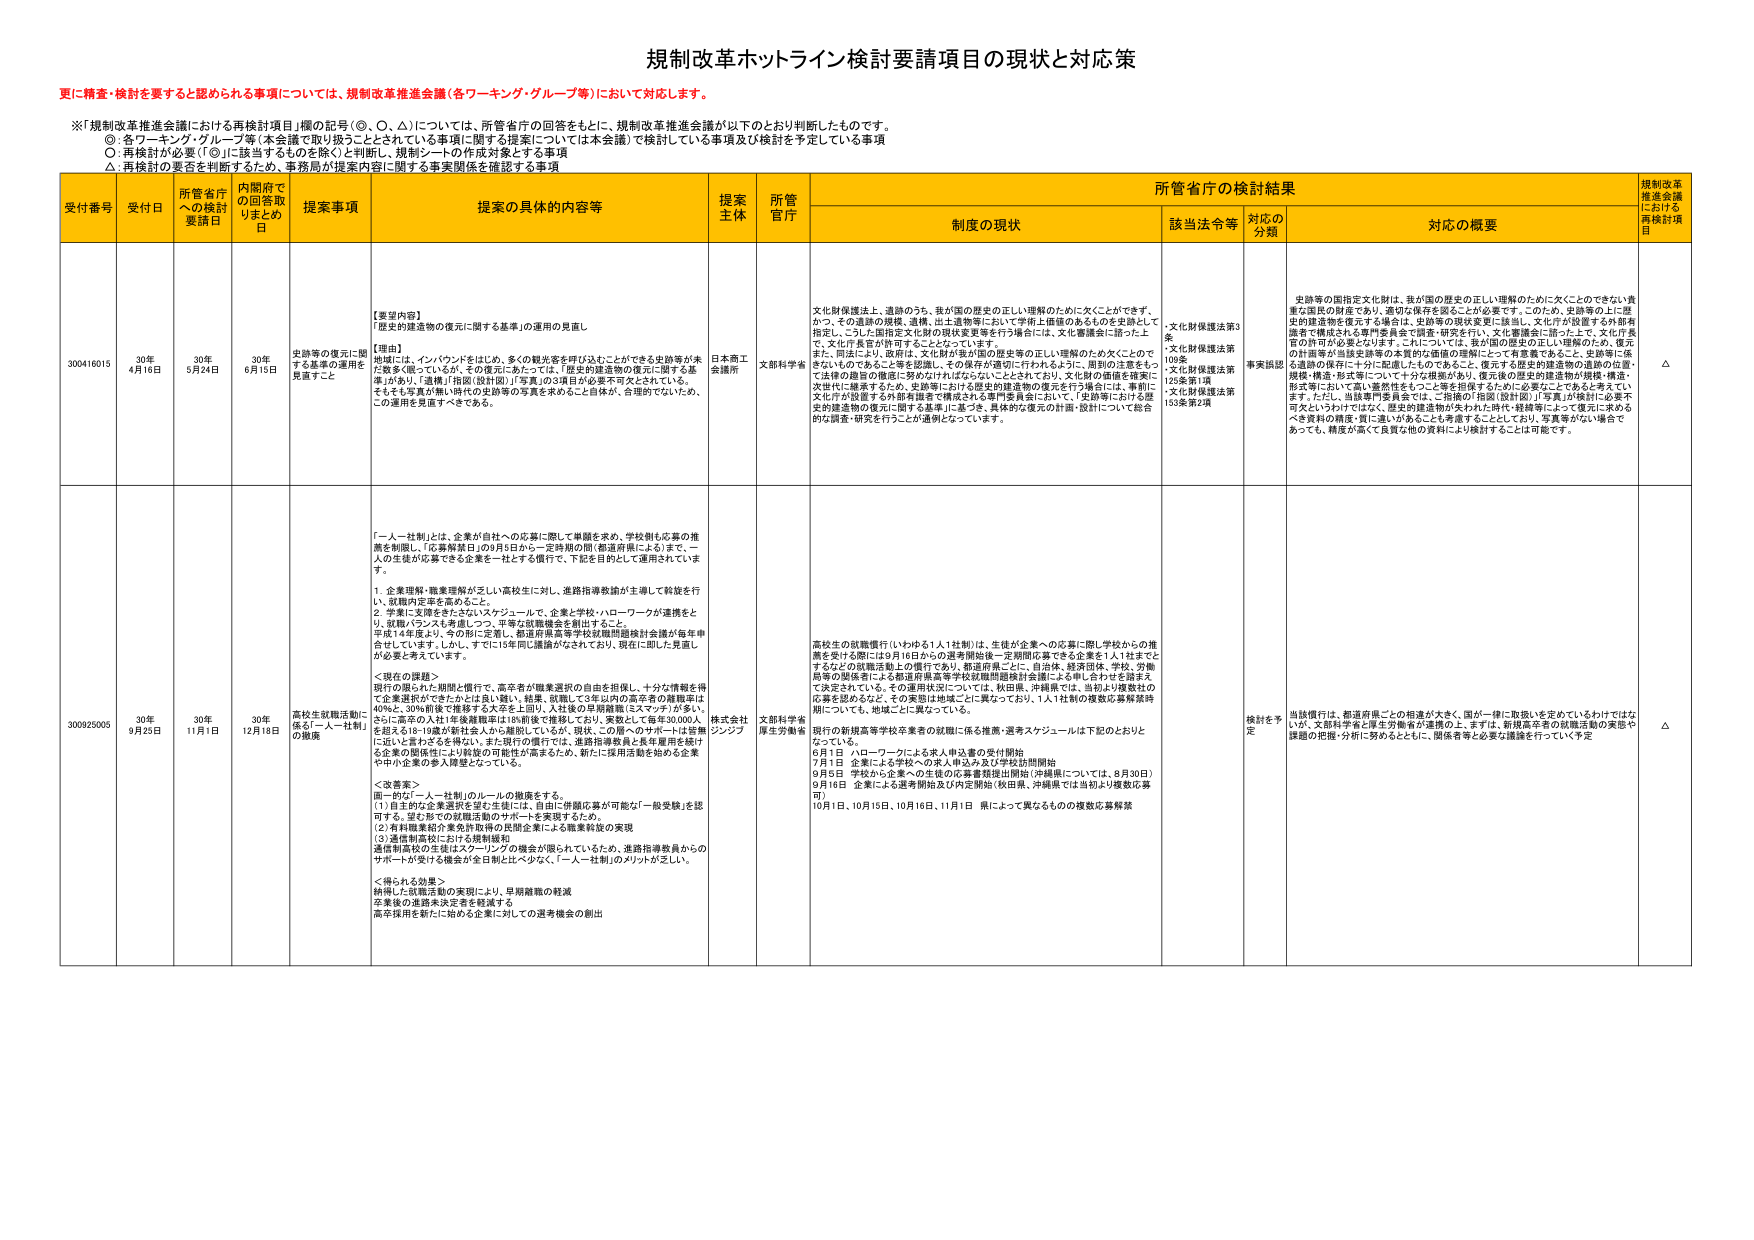
規制改革ホットライン検討要請項目の現状と対応策

更に精査・検討を要すると認められる事項については、規制改革推進会議（各ワーキンググループ等）において対応します。

※「規制改革推進会議における再検討項目」欄の記号（◎、○、△）については、所管省庁の回答をもとに、規制改革推進会議が以下のとおり判断したものです。
◎ 各ワーキング・グループ等（本会議で取り扱うこととされている事項に関する提案については本会議）で検討している事項及び検討を予定している事項
○ 再検討が必要（「◎」に該当するものを除く）と判断し、規制シートの作成対象とする事項
△ 再検討の要否を判断するため、事務局が提案内容に関する事実関係を確認する事項

受付番号 受付日 所管省庁への検討要請日 内閣府での回答取りまとめ日 提案事項 提案の具体的内容等 提案主体 所管官庁 所管省庁の検討結果 規制改革推進会議における再検討項目
制度の現状 該当法令等 対応の分類 対応の概要

300416015 30年4月16日 30年5月24日 30年6月15日 史跡等の復元に関する基準の運用を見直すこと 【要望内容】
「歴史的建造物の復元に関する基準」の運用の見直し
【理由】
地域には、インバウンドをはじめ、多くの観光客を呼び込むことができる史跡等が未だ数多く残っているが、その復元にあたっては、「歴史的建造物の復元に関する基準」が先行し「造営」「指図（設計図）」等真の写真が必要不可欠とされている。そもそも写真が無い時代の史跡等の写真を求めることが自体が、合理的でないため、この運用を見直すべきである。
日本商工会議所 文部科学省 文化財保護法上、遺跡のうち、我が国の歴史の正しい理解のために欠くことができず、かつ、その遺跡の規模、遺構、出土遺物等において学術上価値のあるものを史跡として指定し、こうした個別定文化財の現状を変更を行う場合には、文化審議会に諮った上で、文化庁長官が許可することとなっている。
また、同法により、政府は、文化財が我が国の歴史等の正しい理解のために欠くことのできないものであることを認識し、その保存の適切に行われるように、周囲の注意をもって法律の趣旨の徹底に努めなければならないこととされており、文化財の価値を確実に次世代に継承するため、史跡等における歴史的建造物の復元を行う場合には、事前に文化庁が設置する外部委員会で構成される専門委員会において、「足跡等における歴史的建造物の復元に関する基準」に基づき、具体的な復元の計画・設計について総合的な調査・研究を行うことが通例となっている。
・文化財保護法第3条
・文化財保護法第109条
・文化財保護法第125条第1項
・文化財保護法第153条第2項 事実誤認 史跡等の個別定文化財は、我が国の歴史の正しい理解のために欠くことのできない貴重な国民の財産であり、適切な保存を図ることが必要です。このため、史跡等の上に歴史的建造物を復元する場合は、史跡等の現状変更に該当し、文化庁が設置する外部有識者で構成される専門委員会で調査・研究を行い、文化審議会に諮った上で、文化庁長官の許可が必要となります。これについては、我が国の歴史の正しい理解のため、復元の計画等が当該史跡等の本質的な価値の理解にとって有意義であることを、史跡等に係る遺跡の保存に十分に配慮したものであることを、復元する歴史的建造物の遺跡の位置・規模・構造・形式等について十分な根拠があり、復元後の歴史的建造物が規模・構造・形式等において高い蓋然性をもつことを担保するために必要となると考えております。ただし、当該専門委員会では、ご指摘の「指図（設計図）」「写真」が「検討」に必要不可欠というわけではなく、歴史的建造物が失われた時代・経緯等によって復元に求めるべき資料の精度・質に違いがあることも考慮することとしており、写真等がない場合であっても、精度が高く良質な他の資料により検討することは可能です。 △

30025005 30年9月25日 30年11月1日 30年12月18日 高校生就職活動に係る「一人一社制」の撤廃 「一人一社制」とは、企業が自社への応募に際して単願を求め、学校側も応募の推薦を制限し、「応募解禁日」の9月5日から一定時期の間（都道府県による）まで、一人の生徒が応募できる企業を一社とする慣行で、下記を目的として運用されています。
1. 企業理解・職業理解が乏しい高校生に対し、進路指導教諭が主導して斡旋を行い、就職内定率を高めること。
2. 学業に支障をきたさないスケジュールで、企業と学校・ハローワークが連携をとり、就職バランスも考慮しつつ、平等な就職機会を創出すること。
平成14年度より、今の形に定着し、都道府県高等学校就職問題検討会議が毎年申合せしています。しかし、すでに15年間に議論がなされており、現在に即した見直しが必要と考えています。
＜現在の課題＞
現行の限られた期間と慣行で、高卒者が職業選択の自由を担保し、十分な情報を得て企業選択ができたかとは言い難い。結果、就職して5年以内の高卒者の離職率は40％と、30％前後で推移する大卒生と並び、入社後の早期離職（スマッチ）が多い。さらに高卒の入社1年後離職率は18％前後で推移しており、実数として毎年30,000人を超える18～19歳が新社会人から離脱しているが、現状、この層へのサポートは皆無に近いと考えざるを得ない。また現行の慣行では、進路指導教員と長年雇用を続ける企業の関係性により斡旋の可能性が高まるため、新たに採用活動を始める企業や中小企業の参入障壁となっている。
＜改善案＞
画一的な「一人一社制」のルールの撤廃をする。
（1）自主的な企業選択を望む生徒には、自由に併願応募が可能な「一般受験」を提唱する。望む形での就職活動のサポートを実現するため。
（2）有料職業紹介業者許可等の民間企業による職業斡旋の実現
（3）適性制度化における規制緩和
進路指導教員の生徒はスケーリングの機会が限られているため、進路指導教員からのサポートが受ける機会が全日制と比べ少なく、「一人一社制」のメリットが乏しい。
＜得られる効果＞
枠組みと就職活動の実現により、早期離職の軽減
卒業後の進路未決定者を減減する
高卒採用を新たに始める企業に対しての選考機会の創出 株式会社ジンクプ 文部科学省厚生労働省 高校生の就職慣行（いわゆる1人1社制）は、生徒が企業への応募に際し学校からの推薦を受ける際に19月16日からの選考開始後一定期間応募できる企業を1人1社までとするなどの就職活動上の慣行であり、都道府県ごとに、自治体、経済団体、学校、労働局等の関係者による都道府県高等学校就職問題検討会議による申し合わせを踏まえて決定されている。その運用状況については、秋田県、沖縄県では、当初より複数社の応募を認めなど、その変容は地域ごとに異なっており、1人1社制の複数応募解禁期についても、地域ごとに異なっている。
現行の新規高等学校卒業者の就職に係る推薦・選考スケジュールは下記のとおりとなっている。
6月1日 ハローワークによる求人申込書の受付開始
7月1日 企業による学校への求人申込み及び学校訪問開始
9月5日 学校から企業への生徒の応募書類提出開始（沖縄県については、8月30日）
9月16日 企業による選考開始及び内定開始（秋田県、沖縄県では当初より複数応募可）
10月1日、10月15日、10月16日、11月1日 県によって異なるものの複数応募解禁 検討を予定 当該慣行は、都道府県ごとの相違が大きく、国が一律に取扱いを定めているわけでは ないが、文部科学省と厚生労働省が連携の上、まずは、新規高卒者の就職活動の実態や課題の把握・分析に努めるとともに、関係者等と必要な議論を行っていく予定 △